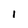
Character: 1